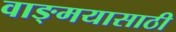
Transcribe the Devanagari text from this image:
वाङ्‌मयासाठी